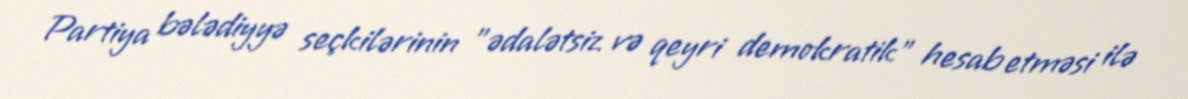
Partiya bələdiyyə seçkilərinin "ədalətsiz və qeyri demokratik" hesab etməsi ilə